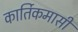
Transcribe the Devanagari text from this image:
कार्तिकमासीं